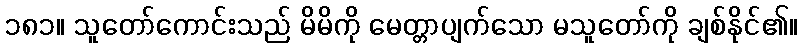
၁၈၁။ သူတော်ကောင်းသည် မိမိကို မေတ္တာပျက်သော မသူတော်ကို ချစ်နိုင်၏။